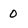
Character: 0